Vaccination in Bombay 1913-1923 - 1913-1923
Year: 1913
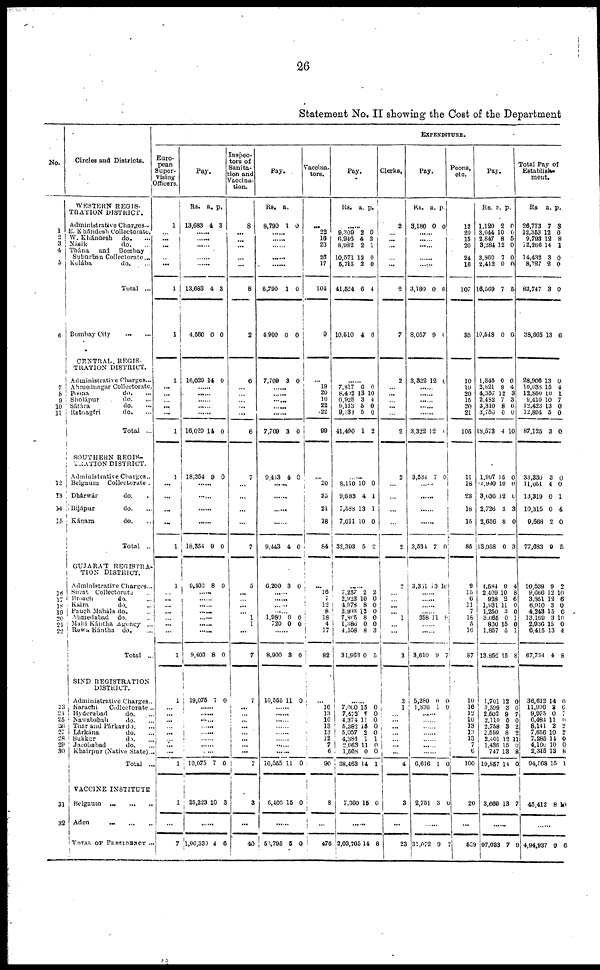
26
Statement No. II showing the Cost of the Department
No.
1
2
3
4
5
6
7
8
9
10
11
12
13
14
15
16
17
18
19
20
21
22
23
24
25
26
27
28
29
30
31
32
Circles and Districts.
WESTERN REGIS-
TRATION DISTRICT.
Administrative Charges...
E. Khándesh Collectorate.
W. Khándesh
do. ...
Násik
do. ...
Thána
and
Bombay
Suburban Collectorate ...
Kolába
do. ...
Total ...
Bombay City
... ...
CENTRAL REGIS¬
TRATION DISTRICT.
Administrative Charges...
Ahmednagar Collectorate.
Poona
do. ...
Sholápur
do. ...
Sátára
do. ...
Ratnagiri
do. ...
Total ...
SOUTHERN REGIS¬
TRATION DISTRICT.
Administrative Charges...
Belgaum
Collectorate .
Dhárwár
do. ...
Bijápur
do. ...
Kánara
do.
...
Total ..
GUJARAT REGISTRA-
TION DISTRICT.
Administrative Charges...
Surat Collectorate ...
Broach
do. ...
Kaira
do. ...
Panch Maháls do.
Ahmedabad
do. ...
Mahi Kántha Agency ...
Rewa Kántha
do.
Total ...
SIND REGISTRATION
DISTRICT.
Administrative Charges..
Karáchi
Collectorate ..
Hyderabad
do. ...
Nawabshah
do. ...
Thar and Párkar do. ...
Lárkána
do. ...
Sukkur
do. ...
Jacobabad
do. ...
Khairpur (Native State)...
Total ...
VACCINE INSTITUTE
Belgaum
...
...
...
Aden
...
...
...
TOTAL OF PRESIDENCY ...
EXPENDITURE.
Euro-
pean
Super-
vising
Officers.
1
...
... ...
...
...
1
1
1
...
...
... ...
...
1
1
...
...
...
...
1
1
...
...
... ...
... ...
...
1
1
... ...
... ...
...
... ...
...
1
1
...
7
Pay.
Rs.
13,683
a.
4
p.
3
......
......
......
......
......
13,683
4,560
4
0
3
0
16,029 14 0
......
......
......
...... .....
16,020 14 0
18,354 8 0
......
......
......
......
18,354 9 0
9,403 8 0
......
......
......
...... ......
......
9,403 8 0
19,075 7 0
......
......
......
......
......
......
19,075 7 0
25,223 10 3
......
1,06,339 4 6
Inspec-
tors of
Sanita¬
tion and
Vaccina-
tion.
8
...
...
...
...
...
8
2
6
...
...
... ...
...
6
7
...
...
...
...
7
5
...
...
...
... 1
1
...
7
7
...
...
... ...
...
...
...
...
7
3
...
40
Pay.
Rs.
8,790
a.
1 0
......
......
......
......
......
8,790
4,900
1
0
0
0
7,709 3 0
......
...... ......
......
......
7,709 3 0
9,413 4 0
......
......
......
......
9,443 4 0
6,200 3 0
.
......
......
...... 1,980
720
0
0
0
0
......
8,900 8 0
10,565 11 0
......
......
......
......
...... ......
......
10,555 11 0
6,406 15 0
......
53,795 5 0
Vaccina¬
tors.
...
22
16
23
25
17
104
0
...
19 20
16
22
22
99
...
20
25
21
18
84
...
16
7
12
8
181
4
17
82
...
10
13
10
13
13
12
7
6
90
8
...
476
Pay.
Rs. a. p.
......
9,309
6,946
8,982
10,571
5,715
41,524
10,510
2
4
2
12
2
0
4
0
3
1
0
0
4
6
......
7,817
8,402
6,928
9,113
9,138
41,490
6
13
3
5
5
1
0
10
4
0
0
2
......
8,110
9,683
7,588
7,011
32,393
10
4
13
10
5
0
1
1
0
2
......
7,257
2,923
4,978
2,993
7,865
1,386
4,558
31,963
2
10
8
13
8
0
8
0
2
0
0
0
0
0
3
5
......
7,000
7,472
4,374
5,382
5,057
4,384
2,663
1,568
38,463
15
7
11
15
2
1
11
0
14
0
0
0
0
0
1
0
0
1
7,360 15 0
......
2,03,705 14 8
Clerks.
2
...
...
...
...
...
2
7
2
... ...
... ...
...
2
2
...
...
...
...
2
2
...
... ...
... 1
...
...
3
3
1
...
...
...
...
... ...
...
4
3
...
23
Pay.
Rs.
3,180
a.
0
p.
0
......
......
......
......
......
3,180
8,057
0
9
0
0
3,322 12 0
......
......
......
3,322 12 1
3,534 7 0
......
......
......
3,531 7 0
3,351 13 16
......
......
...... 358 11 9
......
......
3,610 9 7
5,280
1,336
0
1
0
0
......
......
......
......
......
6,616 1 0
2,751 3 0
31,072 9 7
Peons,
etc.
12
20
15
20
24
16
107
85
10
19
20
15
20
21
105
11
18
23
18
15
85
9
15
0
11
7
16
6
16
87
10
16
12
10
13
13
13
7
6
100
20
...
529
Pay.
Rs.
1,120
3,044
2,847
3,284
3,860
2,412
16,569
10,548
a.
2
10
8
12
7
0
7
0
p.
0
0
5
0
0
0
5
0
1,845
3,821
4,357
2,482
3,310
3,756
18,573
0
9
12
7
8
0
4
0
4
3
3
0
0
10
1,997
2,940
3,636
2,726
2,656
43,058
15
10
12
3
8
0
0
0
0
3
0
3
1,584
2,409
928
1,931
1,250
3,065
830
1,857
13,856
0
10
2
11
3
0
16
5
15
4
8
6
0
0
1
0
1
8
1,701
3,599
2,502
2,110
2,768
2,599
2,401
1,436
747
19,857
12
3
9
0
3
8
12
15
13
14
0
0
7
0
2
2
11
0
8
0
3,668 13 7
......
97,033 7 9
Total Pay of
Establish¬
ment.
Rs
26,773
12,353
9,793
12,366
14,432
8,127
83,747
38,665
a.
7
12
12
14
3
2
3
13
p.
3
0
8
1
0
0
0
6
28,906
10,638
12,850
9,410
12,423
12,894
87,125
13
15
10
10
13
5
3
0
4
1
7
0
0
0
33,330
11,051
13,319
10,315
9,668
77,683
3
4
0
0
2
9
0
0
1
4
0
6
20,539
9,666
3,851
6,910
4,243
13,169
2,936
6,415
67,734
9
12
12
3
15
3
15
13
4
2
10
6
0
0
10
0
4
8
36,612
11,996
9,075
6,484
8,141
7,656
7,285
4,100
2,345
94,568
14
2
0
11
2
10
14
10
13
15
0
6
7
6
2
2
0
0
8
1
45,412 8 10
......
4,94,937 9 6